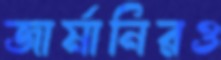
জার্মানিরও